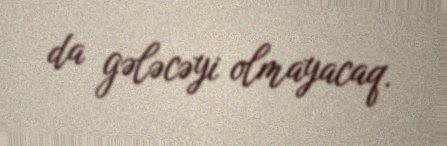
da gələcəyi olmayacaq.